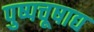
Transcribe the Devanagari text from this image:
पुष्पचूषाद्य